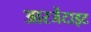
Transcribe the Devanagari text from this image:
आरजेंटाइट